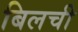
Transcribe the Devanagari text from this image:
बिलची